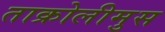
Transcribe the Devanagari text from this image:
ताक्रोलीमुस